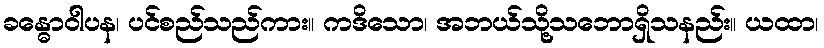
ခန္ဓောဝါပန၊ ပင်စည်သည်ကား။ ကဒိသော၊ အဘယ်သို့သဘောရှိသနည်း။ ယထာ၊